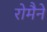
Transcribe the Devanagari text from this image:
रोमैने